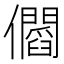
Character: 𠑑